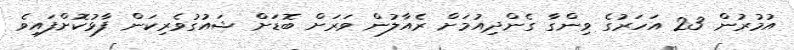
އުމުރުން 23 އަހަރުގެ ވިންގާ ގެންދިއުމަށް ރެއާލުން ވަރަށް ބޮޑަށް ޝައުގުވެރިކަން ފާޅުކޮށްފައިވެ